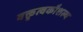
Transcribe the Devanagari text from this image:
वक्तृत्वकौशल्य